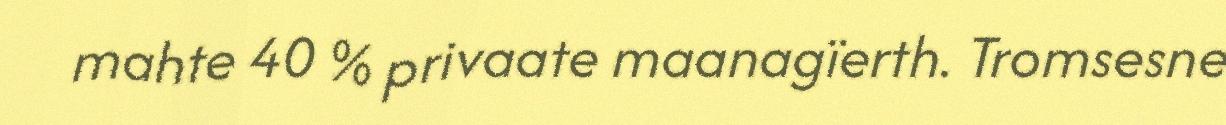
mahte 40 % privaate maanagïerth. Tromsesne